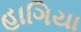
હાગિયા